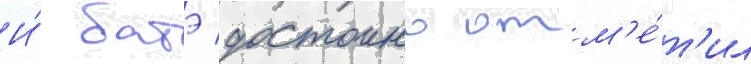
И́ батэ достоино отм'е́т'ил